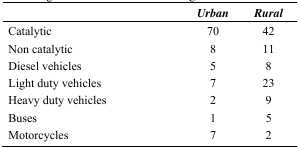
<table><thead><tr><td></td><td><b><i>Urban</i></b></td><td><b><i>Rural</i></b></td></tr></thead><tbody><tr><td>Catalytic</td><td>70</td><td>42</td></tr><tr><td>Non catalytic</td><td>8</td><td>11</td></tr><tr><td>Diesel vehicles</td><td>5</td><td>8</td></tr><tr><td>Light duty vehicles</td><td>7</td><td>23</td></tr><tr><td>Heavy duty vehicles</td><td>2</td><td>9</td></tr><tr><td>Buses</td><td>1</td><td>5</td></tr><tr><td>Motorcycles</td><td>7</td><td>2</td></tr></tbody></table>